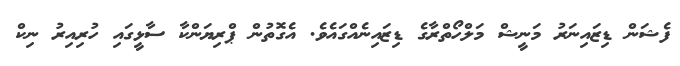
ފެޝަން ޑިޒައިނަރު މަނީޝް މަލްހޯތްރާގެ ޑިޒައިނެއްގައެވެ. އެގޮތުން ޕްރިޔަންކާ ސާޅީގައި ހުރިއިރު ނިކް